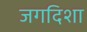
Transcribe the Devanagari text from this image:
जगदिशा